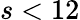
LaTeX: s<12